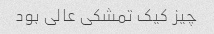
چیز کیک تمشکی عالی بود